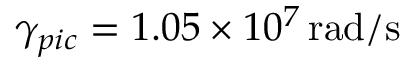
\gamma _ { p i c } = 1 . 0 5 \times 1 0 ^ { 7 } \, \mathrm { r a d / s }